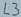
Text: L3